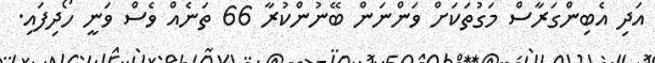
އަދި އެބިންގަރާސް މަގުތަކަށް ވަންނަން ބޭނުންކުރާ 66 ތަނެއް ވެސް ވަނީ ހޯދިފައި.